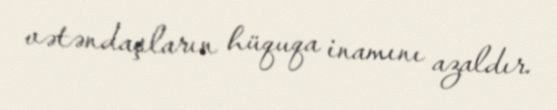
vətəndaşların hüquqa inamını azaldır.